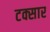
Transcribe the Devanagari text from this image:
टक्सार